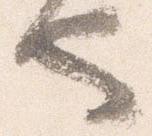
也